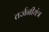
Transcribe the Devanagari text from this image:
तर्जनीयंत्र